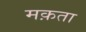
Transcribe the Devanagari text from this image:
मक़ता